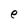
Character: e